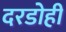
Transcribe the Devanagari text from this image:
दरडोही